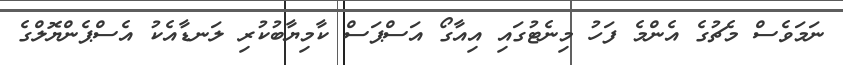
ނަމަވެސް މެޗުގެ އެންމެ ފަހު މިނެޓުގައި އިއާގޯ އަސްޕަސް ކާމިޔާބުކުރި ލަނޑާއެކު އެސްޕެންޔޮލްގެ